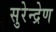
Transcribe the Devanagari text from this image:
सुरेन्द्रेण